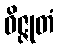
ဝိဇ္ဇုတံ